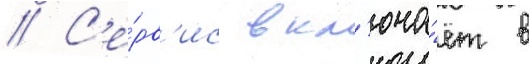
// С'е́рв'ис вкл'юча́ет в